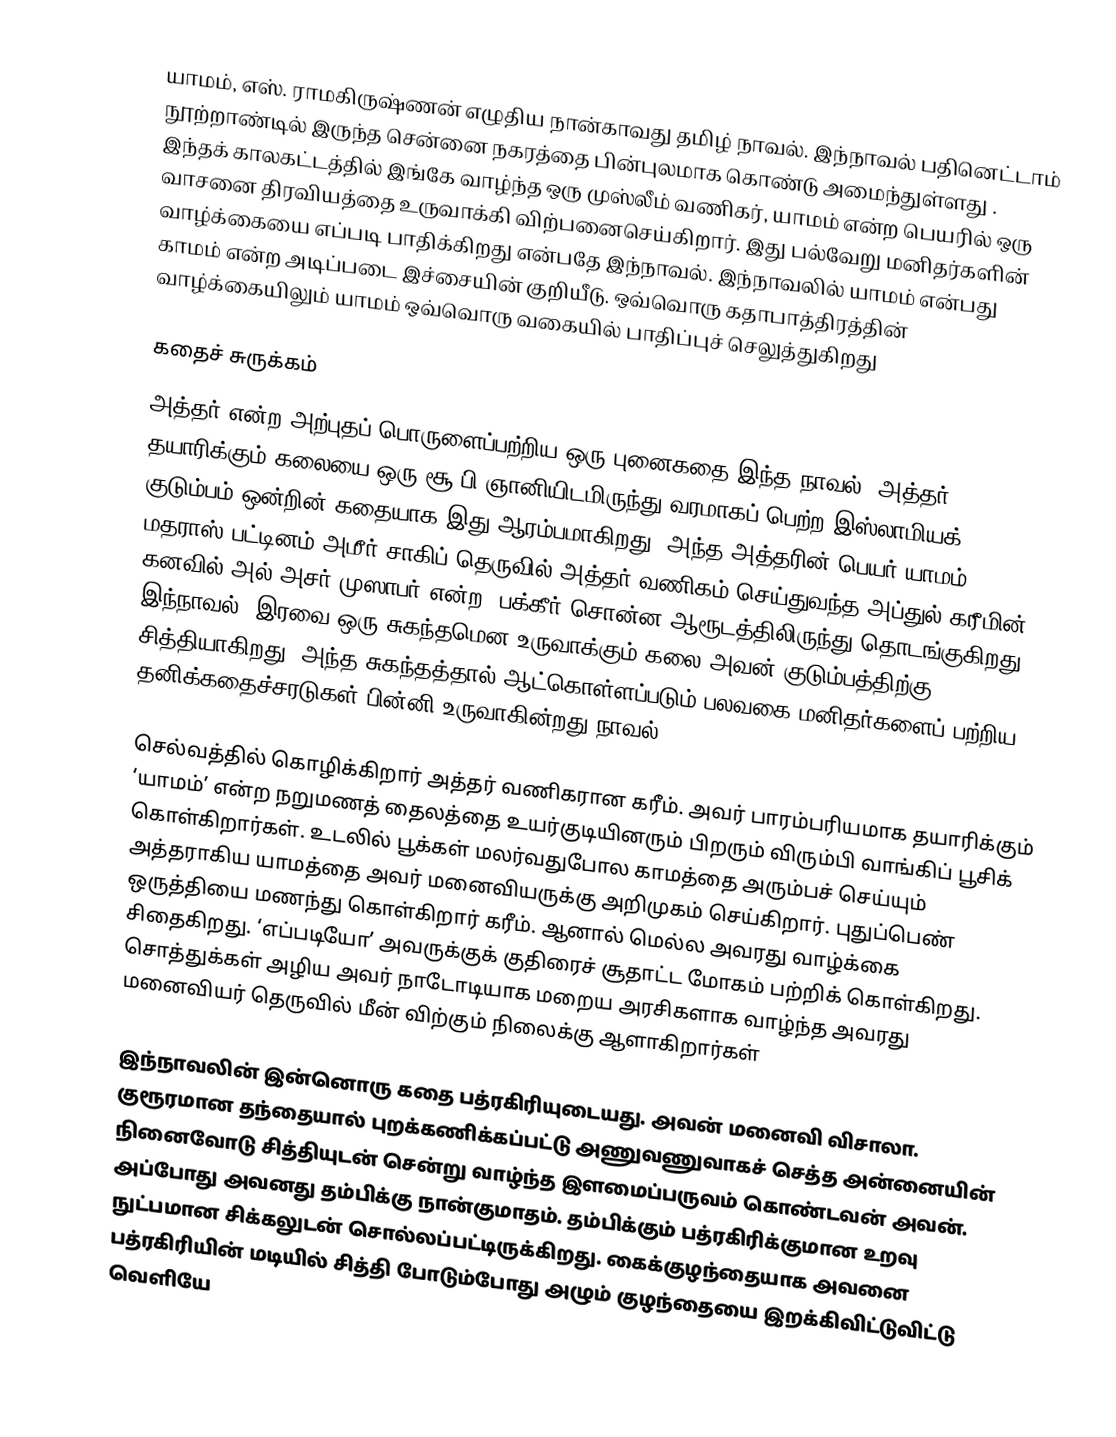
யாமம், எஸ். ராமகிருஷ்ணன் எழுதிய நான்காவது தமிழ் நாவல். இந்நாவல் பதினெட்டாம் நூற்றாண்டில் இருந்த சென்னை நகரத்தை பின்புலமாக கொண்டு அமைந்துள்ளது . இந்தக் காலகட்டத்தில் இங்கே வாழ்ந்த ஒரு முஸ்லீம் வணிகர், யாமம் என்ற பெயரில் ஒரு  வாசனை திரவியத்தை உருவாக்கி விற்பனைசெய்கிறார். இது பல்வேறு மனிதர்களின் வாழ்க்கையை எப்படி பாதிக்கிறது என்பதே இந்நாவல். இந்நாவலில் யாமம் என்பது காமம் என்ற அடிப்படை இச்சையின் குறியீடு. ஒவ்வொரு கதாபாத்திரத்தின் வாழ்க்கையிலும் யாமம் ஒவ்வொரு வகையில் பாதிப்புச்  செலுத்துகிறது

கதைச் சுருக்கம்
அத்தர் என்ற அற்புதப் பொருளைப்பற்றிய ஒரு புனைகதை இந்த நாவல். அத்தர் தயாரிக்கும் கலையை ஒரு சூ·பி ஞானியிடமிருந்து வரமாகப் பெற்ற இஸ்லாமியக் குடும்பம் ஒன்றின் கதையாக இது ஆரம்பமாகிறது. அந்த அத்தரின் பெயர் யாமம். மதராஸ் பட்டினம் அமீர் சாகிப் தெருவில் அத்தர் வணிகம் செய்துவந்த அப்துல் கரீமின் கனவில் அல் அசர் முஸாபர் என்ற ·பக்கீர் சொன்ன ஆரூடத்திலிருந்து தொடங்குகிறது இந்நாவல். இரவை ஒரு சுகந்தமென உருவாக்கும் கலை அவன் குடும்பத்திற்கு சித்தியாகிறது. அந்த சுகந்தத்தால் ஆட்கொள்ளப்படும் பலவகை மனிதர்களைப் பற்றிய தனிக்கதைச்சரடுகள் பின்னி உருவாகின்றது நாவல்.

செல்வத்தில் கொழிக்கிறார் அத்தர் வணிகரான கரீம். அவர் பாரம்பரியமாக தயாரிக்கும் ‘யாமம்’ என்ற நறுமணத் தைலத்தை உயர்குடியினரும் பிறரும் விரும்பி வாங்கிப் பூசிக் கொள்கிறார்கள். உடலில் பூக்கள் மலர்வதுபோல காமத்தை அரும்பச் செய்யும் அத்தராகிய யாமத்தை அவர் மனைவியருக்கு அறிமுகம் செய்கிறார். புதுப்பெண் ஒருத்தியை மணந்து கொள்கிறார் கரீம். ஆனால் மெல்ல அவரது வாழ்க்கை சிதைகிறது. ‘எப்படியோ’ அவருக்குக் குதிரைச் சூதாட்ட மோகம் பற்றிக் கொள்கிறது. சொத்துக்கள் அழிய அவர் நாடோடியாக மறைய அரசிகளாக வாழ்ந்த அவரது மனைவியர் தெருவில் மீன் விற்கும் நிலைக்கு ஆளாகிறார்கள்

இந்நாவலின் இன்னொரு கதை பத்ரகிரியுடையது. அவன் மனைவி விசாலா. குரூரமான தந்தையால் புறக்கணிக்கப்பட்டு அணுவணுவாகச் செத்த அன்னையின் நினைவோடு சித்தியுடன் சென்று வாழ்ந்த இளமைப்பருவம் கொண்டவன் அவன். அப்போது அவனது தம்பிக்கு நான்குமாதம். தம்பிக்கும் பத்ரகிரிக்குமான உறவு நுட்பமான சிக்கலுடன் சொல்லப்பட்டிருக்கிறது. கைக்குழந்தையாக அவனை பத்ரகிரியின் மடியில் சித்தி போடும்போது அழும் குழந்தையை இறக்கிவிட்டுவிட்டு வெளியே